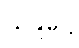
သန္ဒိဋ္ဌေ